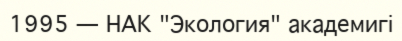
1995 — НАК "Экология" академигі